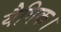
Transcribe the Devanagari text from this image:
यैगिक।